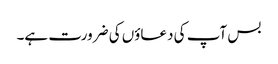
بس آپ کی دعاؤں کی ضرورت ہے۔